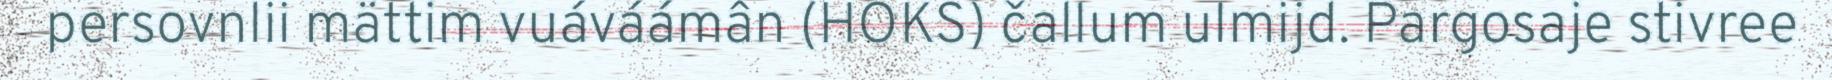
persovnlii mättim vuáváámân (HOKS) čallum ulmijd. Pargosaje stivree